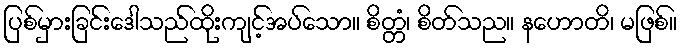
ပြစ်မှားခြင်းဒေါသည်ထိုးကျင့်အပ်သော။ စိတ္တံ၊ စိတ်သည။ နဟောတိ၊ မဖြစ်။